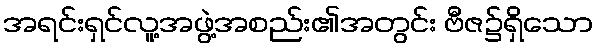
အရင်းရှင်လူ့အဖွဲ့အစည်း၏အတွင်း ဗီဇ၌ရှိသော